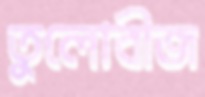
তুলোবীজ